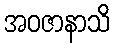
အဝဇာနာသိ